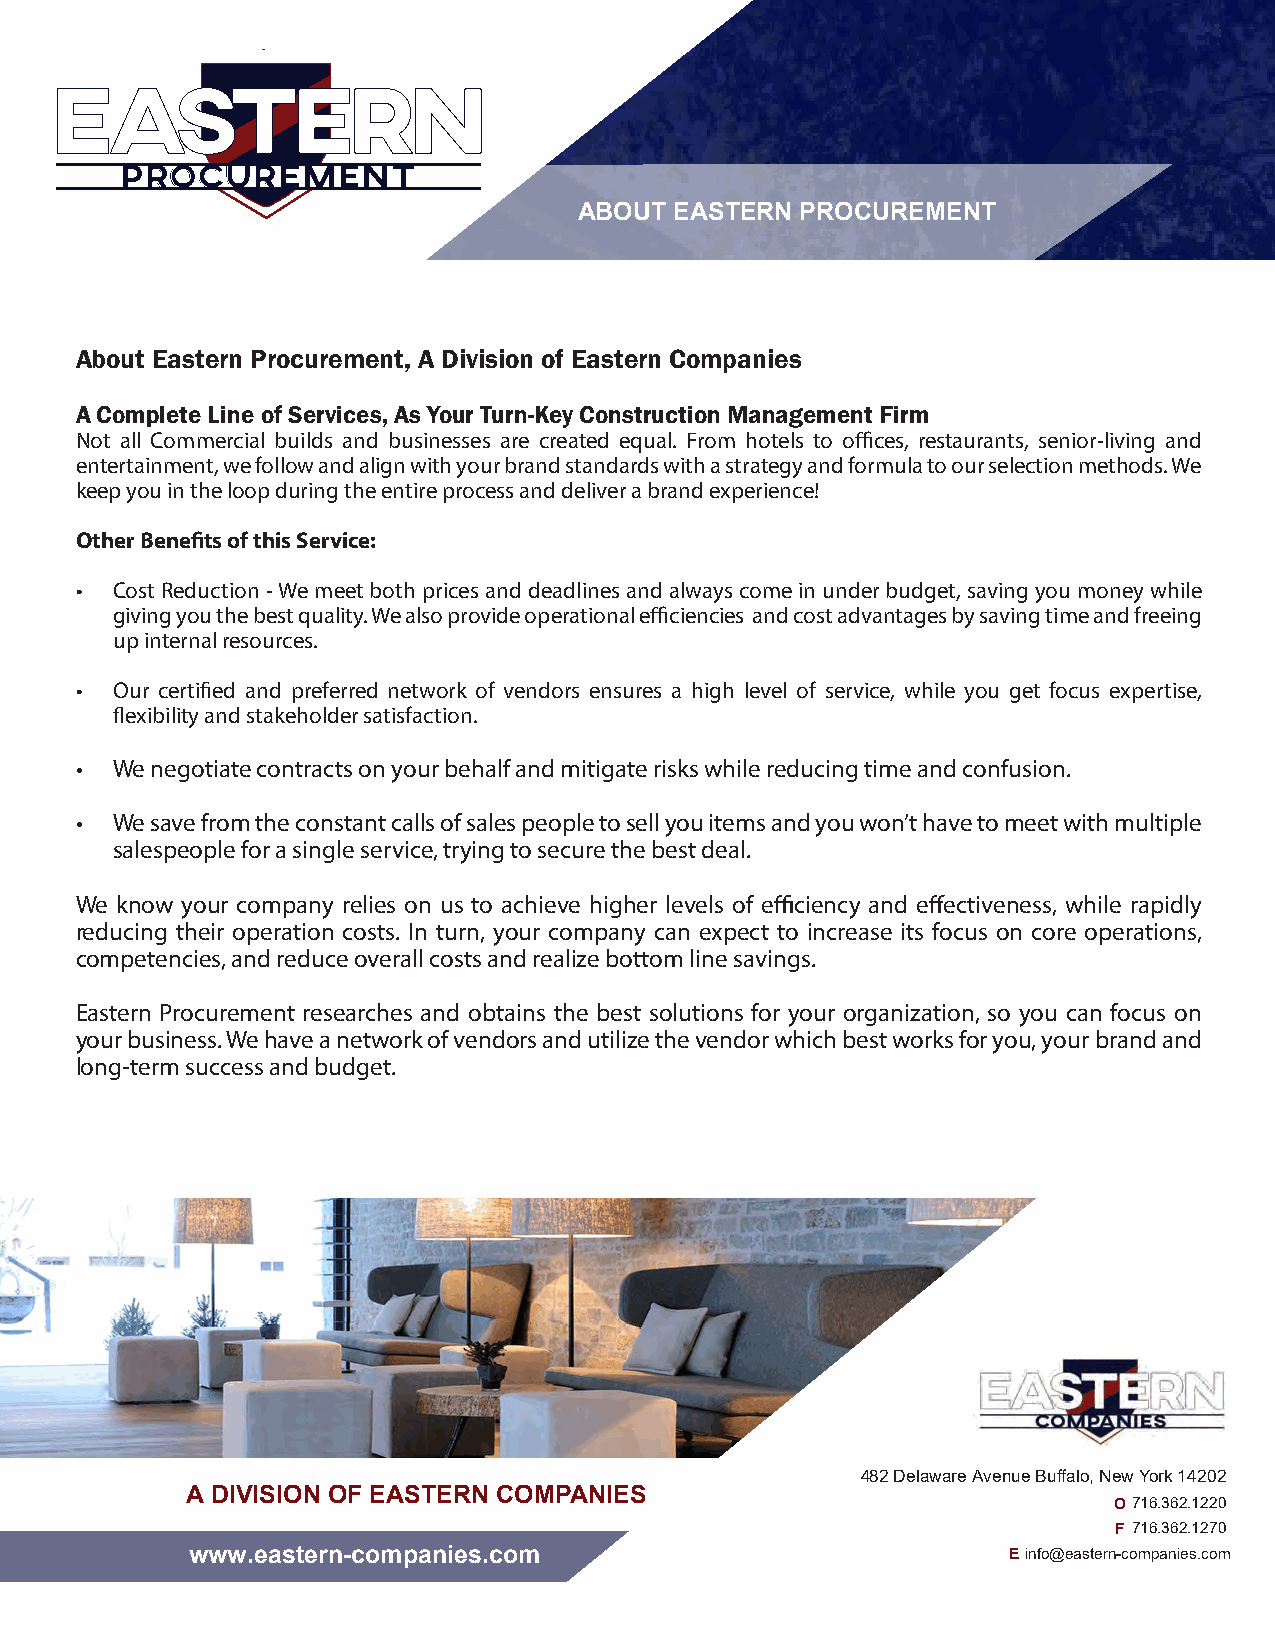
EASTERN
 COMPANIES
 EASTERN
 EASTERN
 DEVELOPMENT
 EASTERN
 CONSTRUCTION
 EASTERN
 PROCUREMENT
 ABOUT  EASTERN PROCUREMENT
 About Eastern Procurement, A Division of Eastern Companies
 A Complete Line of Services, As Your Turn-Key Construction Management Firm
 Not all Commercial builds and businesses are created equal. From hotels to offices, restaurants, senior-living and
 entertainment, we follow and align with your brand standards with a strategy and formula to our selection methods. We
 keep you in the loop during the entire process and deliver a brand experience!
 Other Benefits of this Service:
 • Cost Reduction - We meet both prices and deadlines and always come in under budget, saving you money while
 giving you the best quality. We also provide operational efficiencies and cost advantages by saving time and freeing
 up internal resources.
 • Our certified and preferred network of vendors ensures a high level of service, while you get focus expertise,
 flexibility and stakeholder satisfaction.
 • We negotiate contracts on your behalf and mitigate risks while reducing time and confusion.
 • We save from the constant calls of sales people to sell you items and you won’t have to meet with multiple
 salespeople for a single service, trying to secure the best deal.
 We know your company relies on us to achieve higher levels of efficiency and effectiveness, while rapidly
 reducing their operation costs. In turn, your company can expect to increase its focus on core operations,
 competencies, and reduce overall costs and realize bottom line savings.
 Eastern Procurement researches and obtains the best solutions for your organization, so you can focus on
 your business. We have a network of vendors and utilize the vendor which best works for you, your brand and
 long-term success and budget.
 482 Delaware Avenue Buffalo, New York 14202
 A DIVISION OF EASTERN COMPANIES
 O 716.362.1220
 F 716.362.1270
 www.eastern-companies.com                              E info@eastern-companies.com